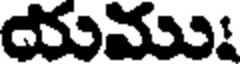
యము